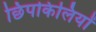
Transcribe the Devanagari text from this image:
छिपकिलियों